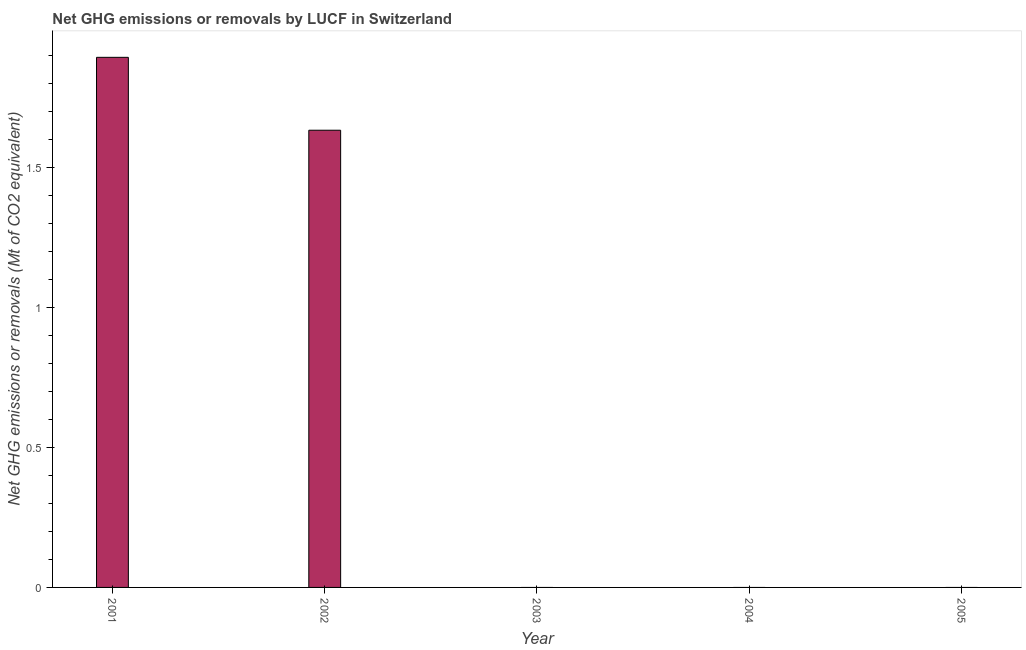
| Year | GHG net emissions or removals |
 | --- | --- |
 | 2001 | 1.89 |
 | 2002 | 1.63 |
 | 2003 | -1.17 |
 | 2004 | -0.454 |
 | 2005 | -0.373 |